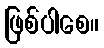
ဖြစ်ပါစေ။